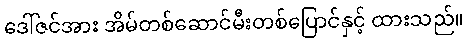
ဒေါ်ဇင်အား အိမ်တစ်ဆောင်မီးတစ်ပြောင်နှင့် ထားသည်။